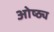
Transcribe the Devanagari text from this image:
ओष्ठ्य